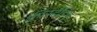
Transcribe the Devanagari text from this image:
फ्रीस्टैंडिंग